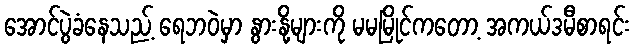
အောင်ပွဲခံနေသည့် ရေဘဝဲမှာ နွားနို့များကို မမမြိုင်ကတော့ အကယ်ဒမီစာရင်း